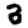
Digit: 3